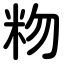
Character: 粅